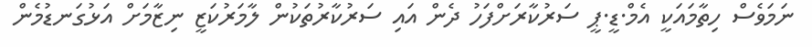
ނަމަވެސް ހިތާމައަކީ އެމް.ޑީ.ޕީ ސަރުކާރަށްފަހު ދެން އައި ސަރުކާރުތަކުން ލާމަރުކަޒީ ނިޒާމަށް އަޅުގަނޑުމެން